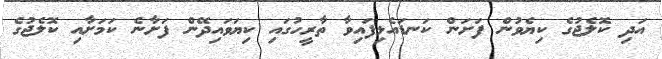
އަދި ކޮލެޖުގެ ކިޔެވުން ފަށަން ކަނޑައެޅިފައިވާ ތާރީހުގައި ކިޔަވައިދޭން ފަށާނެ ކަމަށާއި ކޮލެޖުގެ